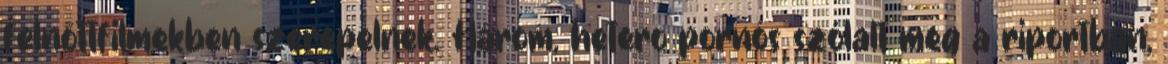
felnőttfilmekben szerepelnek. Három, hetero pornós szólalt meg a riportban,